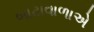
બાટાવાળાએ